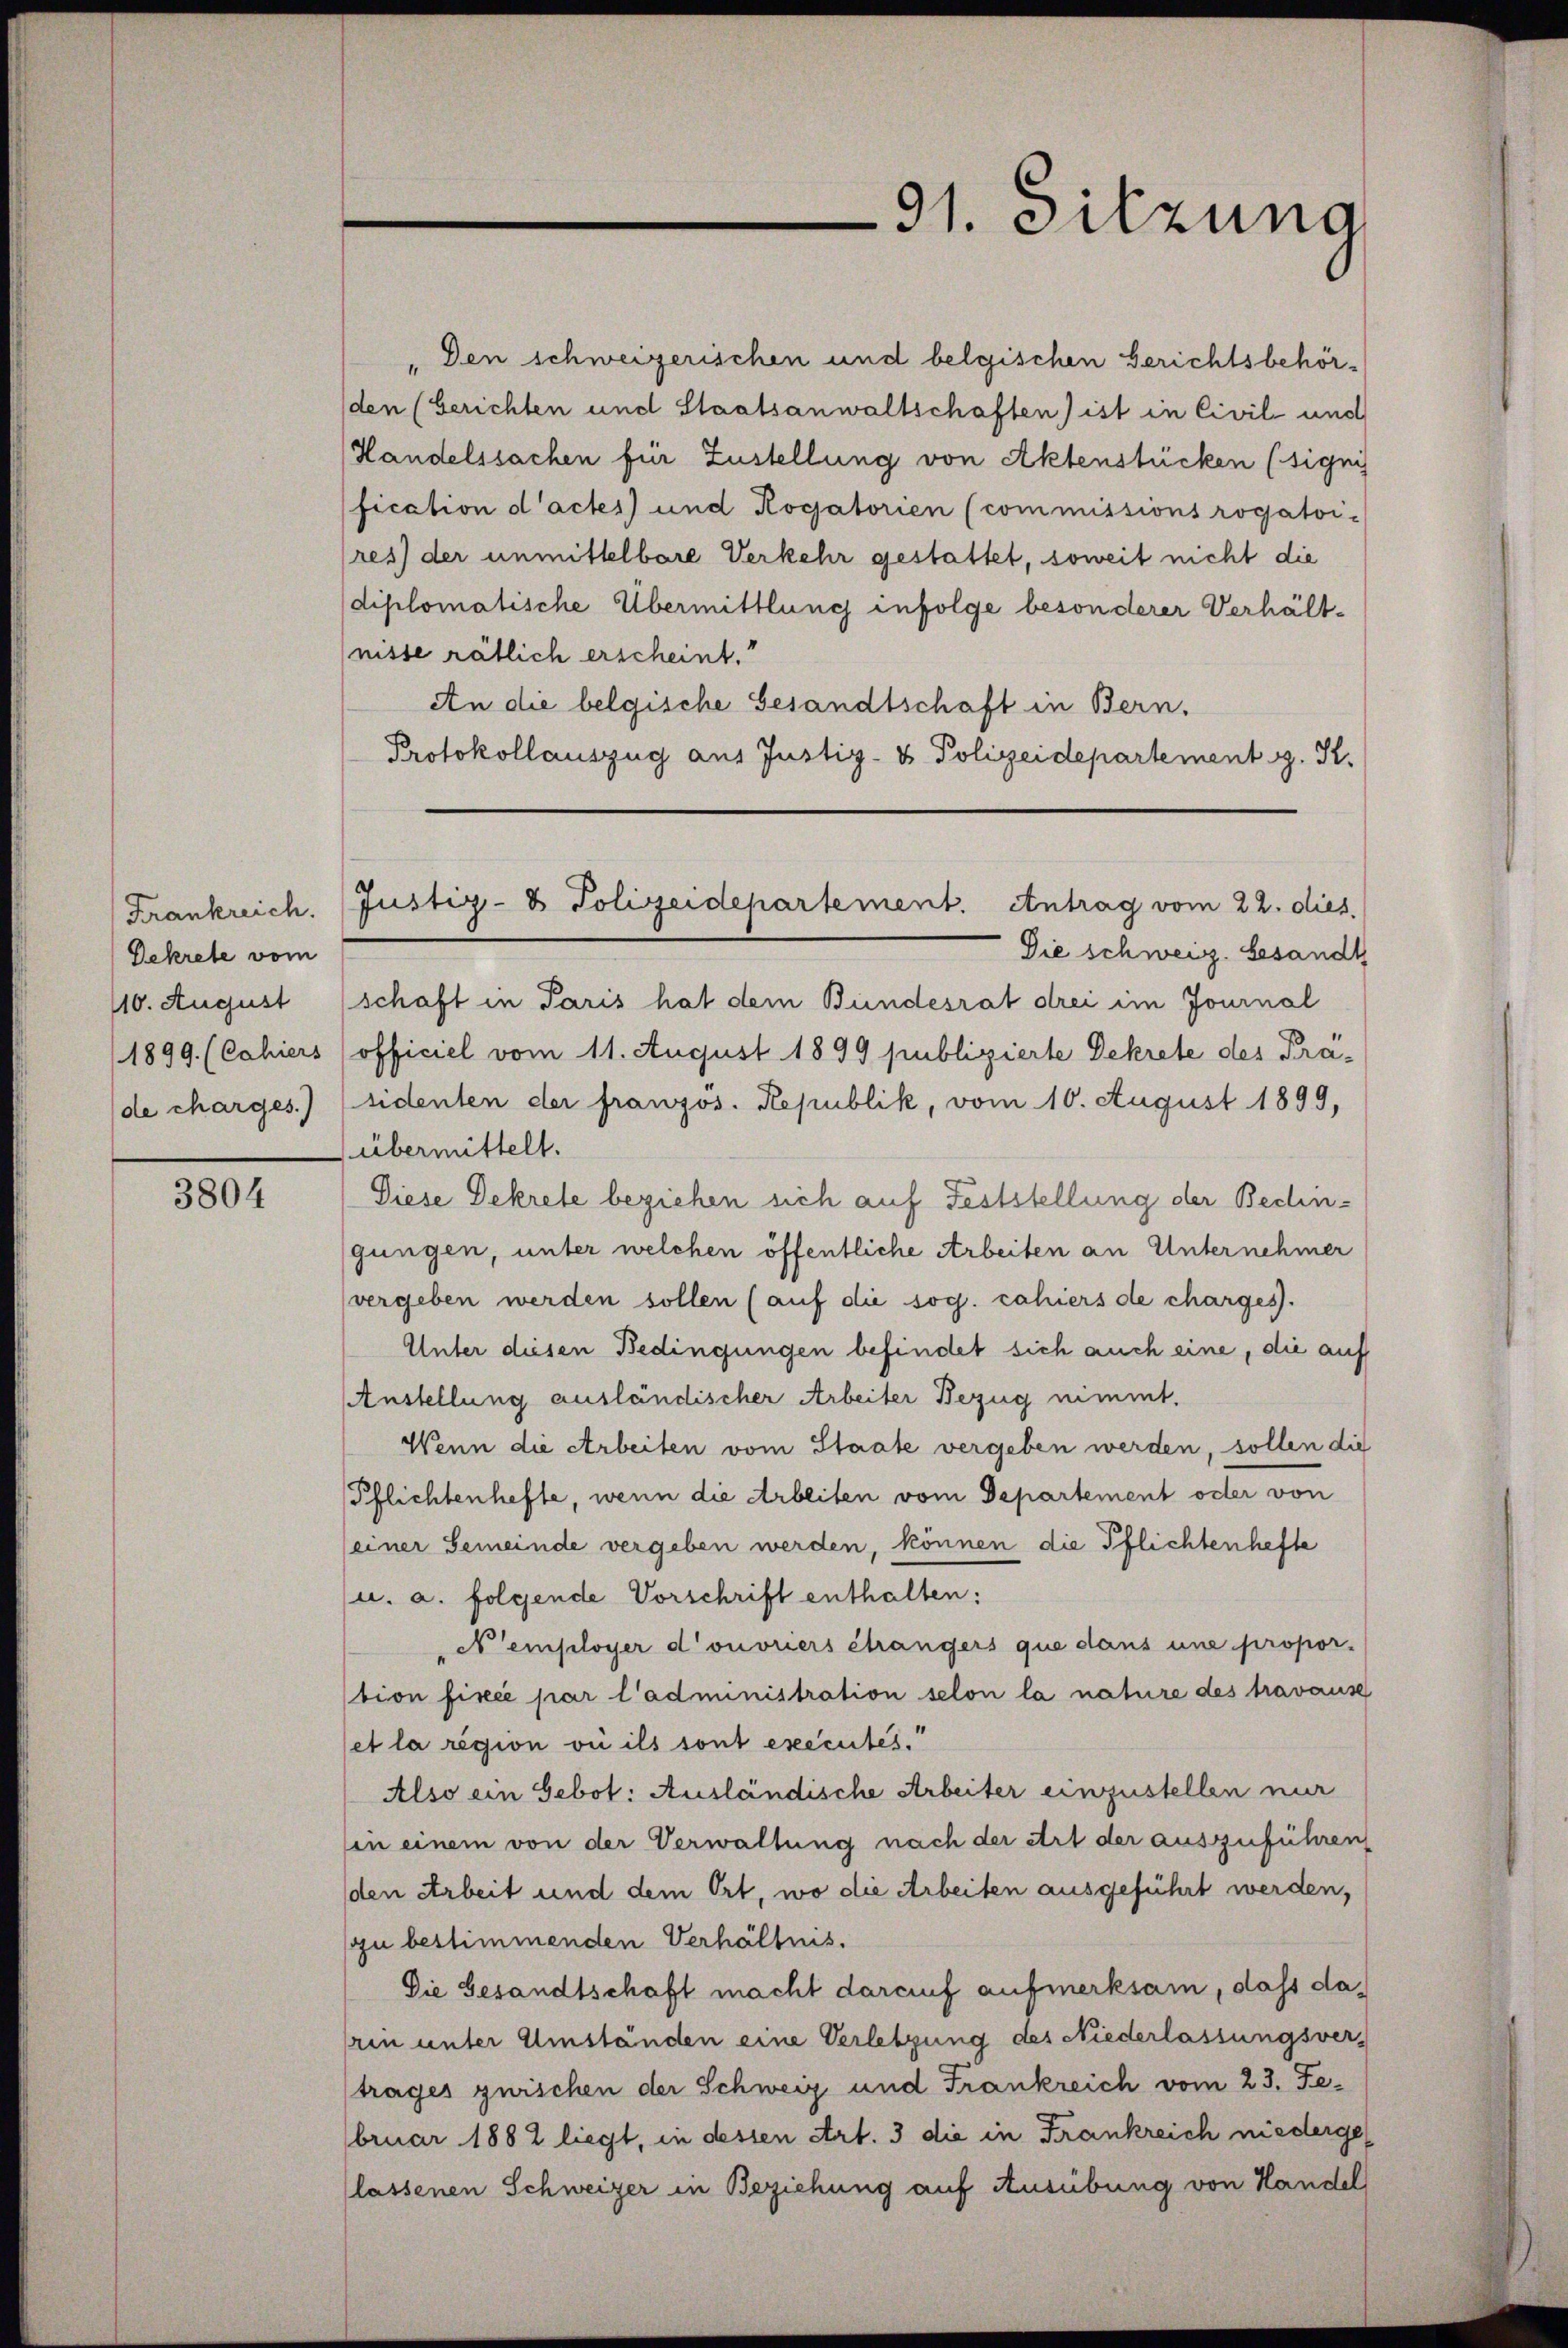
Frankreich.
Dekrete vom

3804

Den schweizerischen und belgischen Gerichtsbehör¬
(den (Gerichten und Staatsanwaltschaften) ist in Civil- und
Handelssachen für Zustellung von Aktenstücken (signi
fication d’actes) und Rogatorien (commissions rogatoi-
res) der unmittelbare Verkehr gestattet, soweit nicht die
diplomatische Übermittlung infolge besonderer Verhältnisse rätlich erscheint.
An die belgische Gesandtschaft in Bern.
Protokollauszug aus Justiz- & Polizeidepartement z. R.

91. Sitzung

Justiz- & Polizeidepartement. Antrag vom 22. dies

Die schweiz. Gesandt
110. August (schaft in Paris hat dem Bundesrat drei im Journal
1899 (Cahiers (officiel vom 11. August 1899 publizierte Dekrete des Prä¬
(de charges.) sidenten der französ. Republik, vom 10. August 1899,
übermittelt.
Diese Dekrete beziehen sich auf Feststellung der Bedingungen, unter welchen öffentliche Arbeiten an Unternehmer
vergeben werden sollen (auf die sog. cahiers de charges.
Unter diesen Bedingungen befindet sich auch eine, die auf
Anstellung ausländischer Arbeiter Bezug nimmt.
Wenn die Arbeiten vom Staate vergeben werden, sollen die
Pflichtenhefte, wenn die Arbeiten vom Departement oder von
(einer Gemeinde vergeben werden, können die Pflichtenhefte
u. a. folgende Vorschrift enthalten:
Nemployer d’ouvriers étrangers que dans une propor-
tion fixée par l’administration selon la nature des travause
et la région vie ils sont exécutés.
Also ein Gebot: Ausländische Arbeiter einzustellen nur
in einem von der Verwaltung nach der Art der auszuführen,
(den Arbeit und dem Ort, wo die Arbeiten ausgeführt werden,
zu bestimmenden Verhältnis.
Die Gesandtschaft macht darauf aufmerksam, dass datrin unter Umständen eine Verletzung des Niederlassungsvertrages zwischen der Schweiz und Frankreich vom 23. Februar 1882 liegt, in dessen Art. 3 die in Frankreich niedergelassenen Schweizer in Beziehung auf Ausübung von Handel